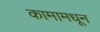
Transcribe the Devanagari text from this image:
कामामधून